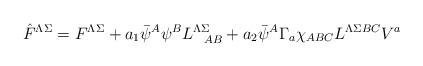
LaTeX: \begin{align*}\hat F^{\Lambda\Sigma} = F^{\Lambda\Sigma} +a_1 \bar \psi^A \psi ^B L^{\Lambda\Sigma}_{\ \ AB}+ a_2 \bar \psi^A\Gamma_a \chi_{ABC}L^{\Lambda\Sigma BC} V^a\end{align*}